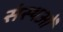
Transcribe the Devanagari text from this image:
संस्थओं